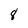
Character: 8